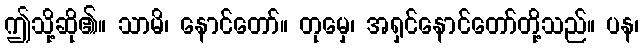
ဤသို့ဆို၏။ သာမိ၊ နောင်တော်။ တုမှေ၊ အရှင်နောင်တော်တို့သည်။ ပန၊